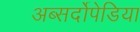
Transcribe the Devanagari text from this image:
अब्सर्दोपेडिया